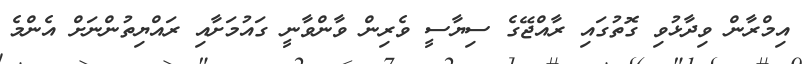
އިމްރާން ވިދާޅުވި ގޮތުގައި ރާއްޖޭގެ ސިޔާސީ ވެރިން ވާންވާނީ ގައުމަށާއި ރައްޔިތުންނަށް އެންމެ